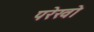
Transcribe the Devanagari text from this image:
परेखो